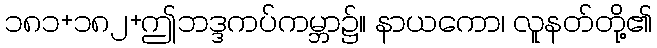
၁၈၁+၁၈၂+ဤဘဒ္ဒကပ်ကမ္ဘာ၌။ နာယကော၊ လူနတ်တို့၏